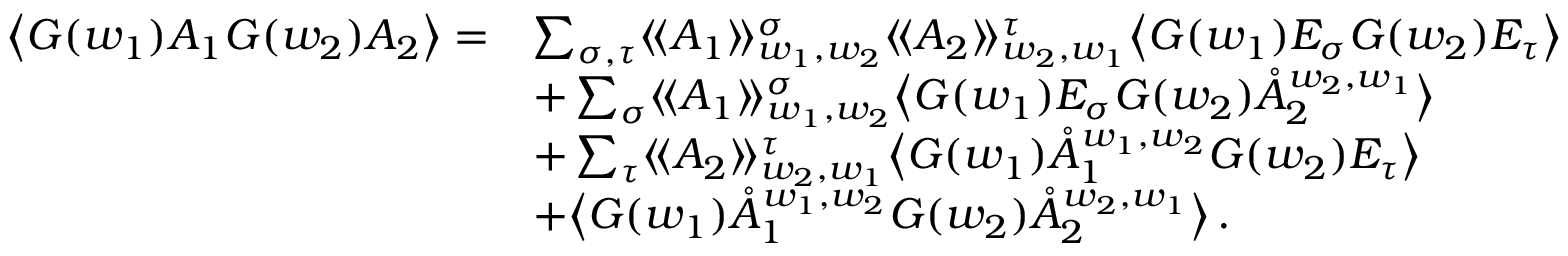
\begin{array} { r l } { \big \langle G ( w _ { 1 } ) A _ { 1 } G ( w _ { 2 } ) A _ { 2 } \big \rangle = } & { \sum _ { \sigma , \tau } \langle \! \langle A _ { 1 } \rangle \! \rangle _ { w _ { 1 } , w _ { 2 } } ^ { \sigma } \langle \! \langle A _ { 2 } \rangle \! \rangle _ { w _ { 2 } , w _ { 1 } } ^ { \tau } \big \langle G ( w _ { 1 } ) E _ { \sigma } G ( w _ { 2 } ) E _ { \tau } \big \rangle } \\ & { + \sum _ { \sigma } \langle \! \langle A _ { 1 } \rangle \! \rangle _ { w _ { 1 } , w _ { 2 } } ^ { \sigma } \big \langle G ( w _ { 1 } ) E _ { \sigma } G ( w _ { 2 } ) \mathring { A } _ { 2 } ^ { w _ { 2 } , w _ { 1 } } \big \rangle } \\ & { + \sum _ { \tau } \langle \! \langle A _ { 2 } \rangle \! \rangle _ { w _ { 2 } , w _ { 1 } } ^ { \tau } \big \langle G ( w _ { 1 } ) \mathring { A } _ { 1 } ^ { w _ { 1 } , w _ { 2 } } G ( w _ { 2 } ) E _ { \tau } \big \rangle } \\ & { + \big \langle G ( w _ { 1 } ) \mathring { A } _ { 1 } ^ { { w _ { 1 } , w _ { 2 } } } G ( w _ { 2 } ) \mathring { A } _ { 2 } ^ { { w _ { 2 } , w _ { 1 } } } \big \rangle \, . } \end{array}